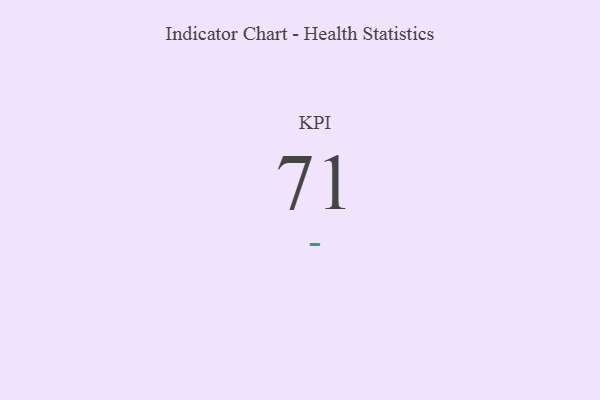
{"axis": {"x": "KPI", "y": "Value"}, "legend": [""], "data": [{"x": "KPI", "y": 71, "type": ""}]}